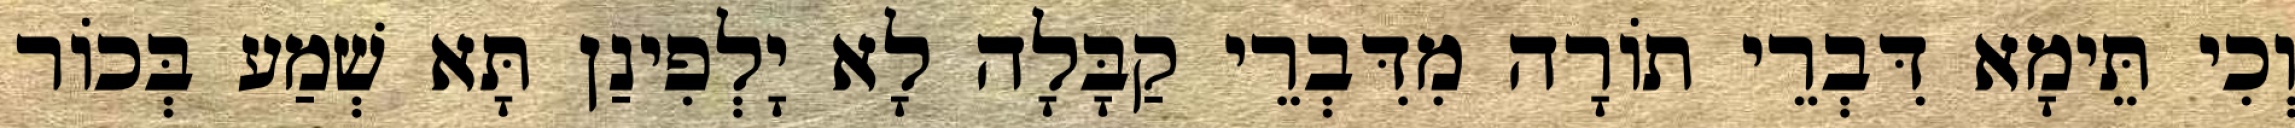
וְכִי תֵּימָא דִּבְרֵי תוֹרָה מִדִּבְרֵי קַבָּלָה לָא יָלְפִינַן תָּא שְׁמַע בְּכוֹר